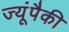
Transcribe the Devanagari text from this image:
ज्यूंपैकी